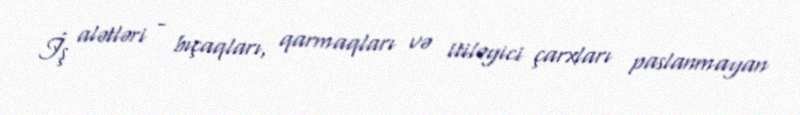
İş alətləri - bıçaqları, qarmaqları və itiləyici çarxları paslanmayan